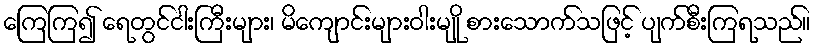
ကြေကြ၍ ရေတွင်ငါးကြီးများ၊ မိကျောင်းများဝါးမျို စားသောက်သဖြင့် ပျက်စီးကြရသည်။